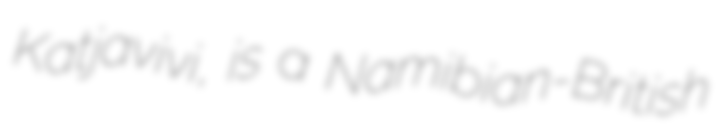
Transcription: Katjavivi, is a Namibian-British